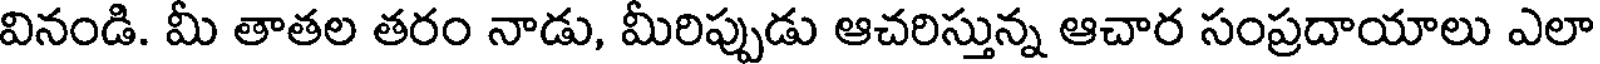
వినండి. మీ తాతల తరం నాడు, మీరిప్పుడు ఆచరిస్తున్న ఆచార సంప్రదాయాలు ఎలా